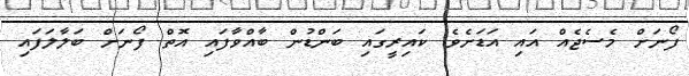
ފޯނަށް މެެސެޖެއް އައި އަޑަށެވެ. ކައިރީގައި ބަންޑުން ބާއްވާފައި އޮތް ފޯނަށް ބަލާލަފައި